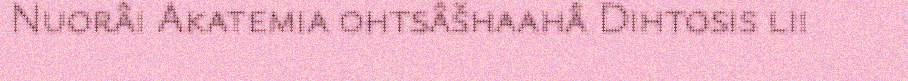
Nuorâi Akatemia ohtsâšhaahâ Dihtosis lii